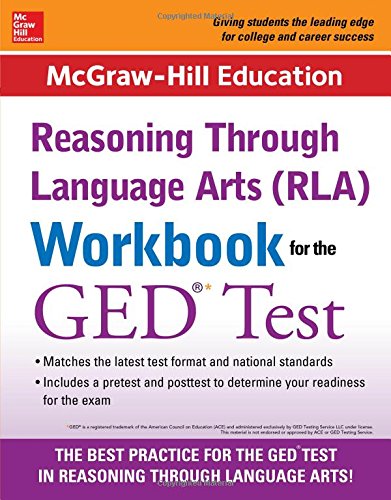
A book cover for McGraw-Hill Education RLA Workbook for the GED Test; McGraw-Hill Education Editors; Test Preparation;